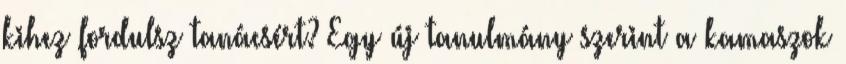
kihez fordulsz tanácsért? Egy új tanulmány szerint a kamaszok